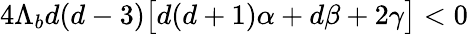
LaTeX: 4\Lambda_{b}d(d-3)\big[d(d+1)\alpha+d\beta+2\gamma\big]<0